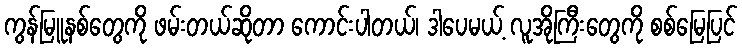
ကွန်မြူနစ်တွေကို ဖမ်းတယ်ဆိုတာ ကောင်းပါတယ်၊ ဒါပေမယ့် လူအိုကြီးတွေကို စစ်မြေပြင်